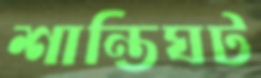
শান্তিঘট